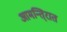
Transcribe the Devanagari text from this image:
आमन्ति्रात